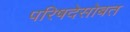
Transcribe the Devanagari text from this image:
परिषदेसोबत